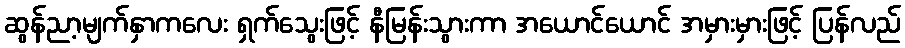
ဆွန်ညာ့မျက်နှာကလေး ရှက်သွေးဖြင့် နီမြန်းသွားကာ အယောင်ယောင် အမှားမှားဖြင့် ပြန်လည်